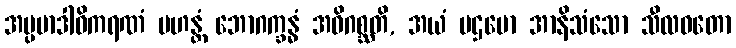
အပ္ပမာဒါဓိကရဏံ မဟန္တံ ဘောဂက္ခန္ဓံ အဓိဂစ္ဆတိ, အယံ ပဌမော အာနိသံသော သီလဝတော